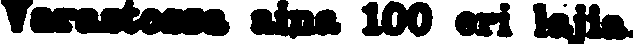
Varastossa aina 100 eri lajia.